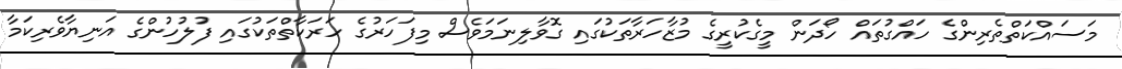
މަސައްކަތްތެރިންގެ ހައްގުތައް ހޯދަން މީގެކުރީގެ މުޒާހަރާތަކުގައި ގޮވާލިނަމަވެސް މިފަހަރުގެ ހަރަކާތްތަކުގައި ފުލުހުންގެ އަނިޔާވެރިކަމާ